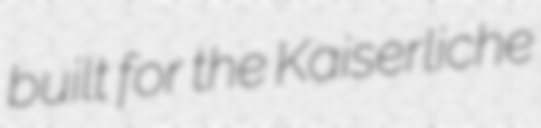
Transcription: built for the Kaiserliche